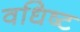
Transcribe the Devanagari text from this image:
वधिष्ट